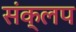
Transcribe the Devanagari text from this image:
संक्लप